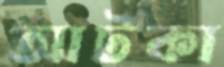
আটকা